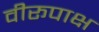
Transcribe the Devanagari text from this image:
वीरूपाक्ष